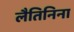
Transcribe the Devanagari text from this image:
लैतिनिना